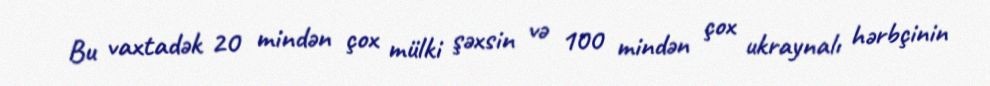
Bu vaxtadək 20 mindən çox mülki şəxsin və 100 mindən çox ukraynalı hərbçinin